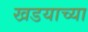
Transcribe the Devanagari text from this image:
खडयाच्या